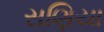
સણિયા